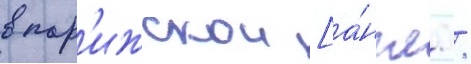
в пар'ижскои [а́нгл. /